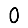
Digit: 0